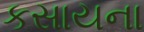
કસાયના